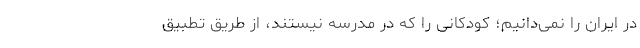
در ایران را نمی‌دانیم؛ کودکانی را که در مدرسه نیستند، از طریق تطبیق